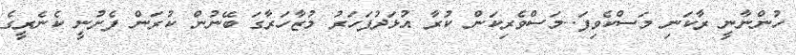
ހުންނާނީ ރާކަނި މަސްކެވިފަ..މަސްވެރިކަން ކުރާ އުޅަދުފަހަރު މުޒާހަރާގަ ބޭނުން ކުރަން ފެށުނީ ކެނެރީގެ